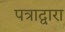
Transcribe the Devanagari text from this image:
पत्राद्वारा